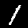
Digit: 1